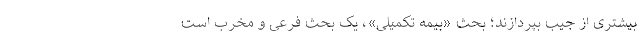
بیشتری از جیب بپردازند؛ بحثِ «بیمه تکمیلی»، یک بحث فرعی و مخرب است